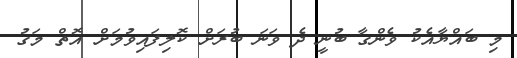
މި ބައްޔާއެކު ވެންގާ ބުނީ ދެ ވަނަ ބުރަށް ކޮލިފައިވުމަށް އޮތް މަގު